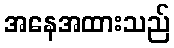
အနေအထားသည်